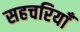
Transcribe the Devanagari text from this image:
सहचरियाँ